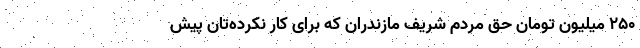
۲۵۰ میلیون تومان حق مردم شریف مازندران که برای کارِ نکرده‌تان پیش